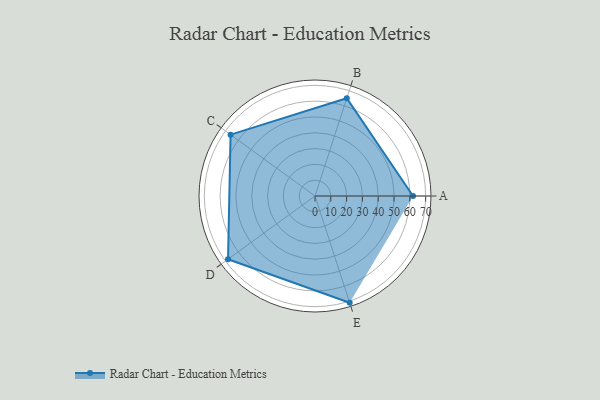
{"axis": {"x": "Skill", "y": "Score"}, "legend": ["Profile"], "data": [{"x": "A", "y": 62.0, "type": "Profile"}, {"x": "B", "y": 65.0, "type": "Profile"}, {"x": "C", "y": 66.0, "type": "Profile"}, {"x": "D", "y": 68.0, "type": "Profile"}, {"x": "E", "y": 71.0, "type": "Profile"}]}